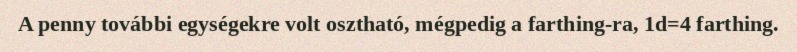
A penny további egységekre volt osztható, mégpedig a farthing-ra, 1d=4 farthing.